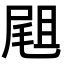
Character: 𡲤